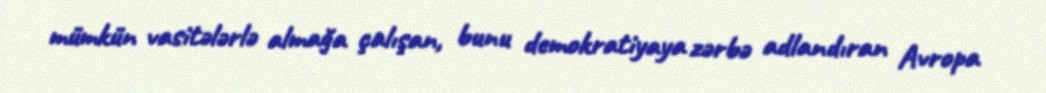
mümkün vasitələrlə almağa çalışan, bunu demokratiyaya zərbə adlandıran Avropa